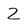
Character: 2